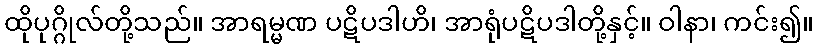
ထိုပုဂ္ဂိုလ်တို့သည်။ အာရမ္မဏ ပဋိပဒါဟိ၊ အာရုံပဋိပဒါတို့နှင့်။ ဝါနာ၊ ကင်း၍။